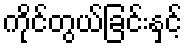
ကိုင်တွယ်ခြင်းနှင့်